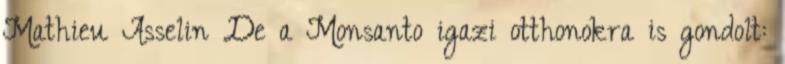
Mathieu Asselin De a Monsanto igazi otthonokra is gondolt: